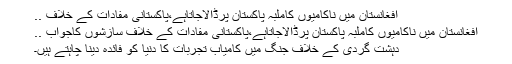
افغانستان میں ناکامیوں کاملبہ پاکستان پرڈالاجاتاہے،پاکستانی مفادات کے خلاف ..
افغانستان میں ناکامیوں کاملبہ پاکستان پرڈالاجاتاہے،پاکستانی مفادات کے خلاف سازشوں کاجواب ..
دہشت گردی کے خلاف جنگ میں کامیاب تجربات کا دنیا کو فائدہ دینا چاہتے ہیں۔